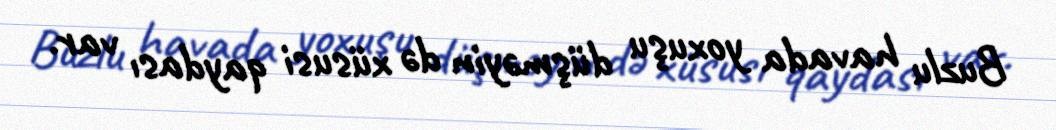
Buzlu havada yoxuşu düşməyin də xüsusi qaydası var.